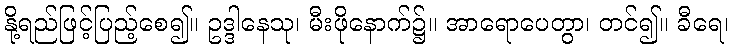
နို့ရည်ဖြင့်ပြည့်စေ၍။ ဥဒ္ဒါနေသု၊ မီးဖိုနောက်၌။ အာရောပေတွာ၊ တင်၍။ ခီရေ၊